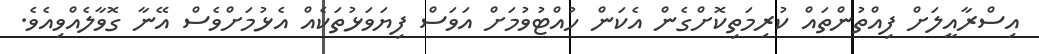
އިސްރާއީލަށް ފިއްތުންތައް ކުރިމަތިކޮށްގެން އެކަން ހުއްޓުވުމަށް އަވަސް ފިޔަވަޅުތަކެއް އެޅުމަށްވެސް އޭނާ ގޮވާލެއްވިއެވެ.